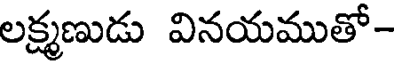
లక్ష్మణుడు వినయముతో-